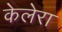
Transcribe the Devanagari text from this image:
केलेरा